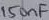
Text: 150nF